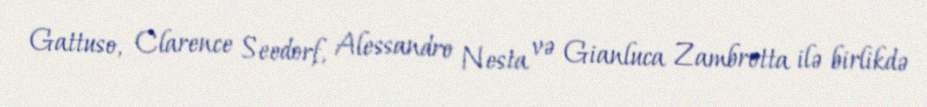
Gattuso, Clarence Seedorf, Alessandro Nesta və Gianluca Zambrotta ilə birlikdə